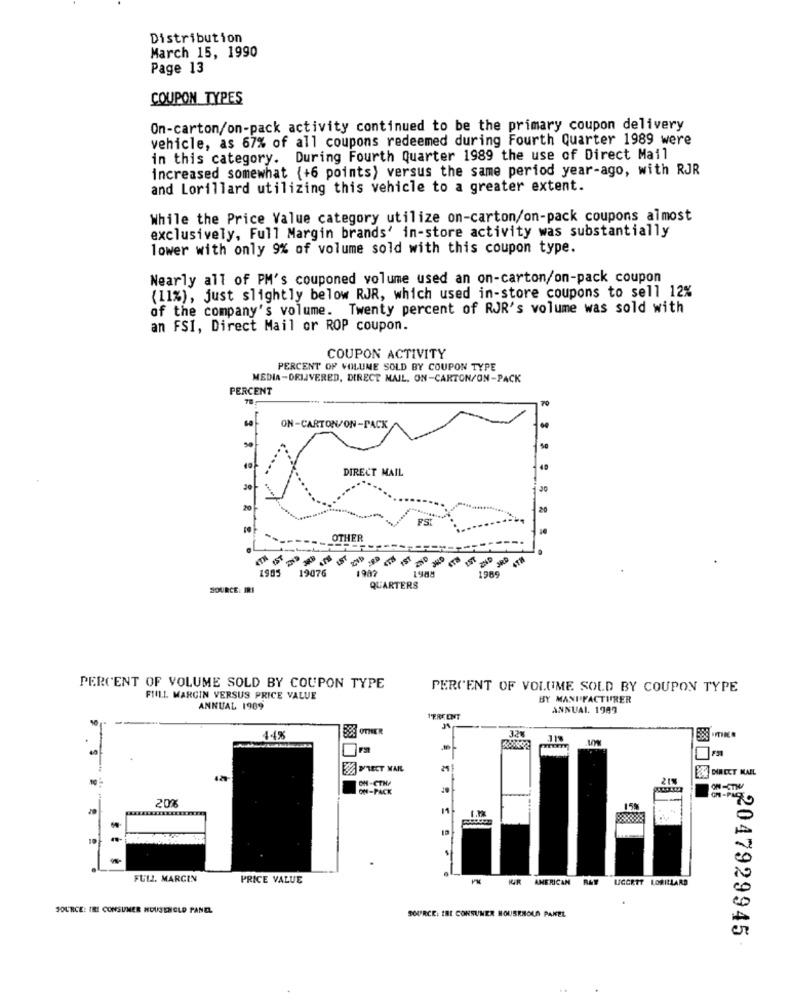
Distribution
March 15, 1990
Page 13
COUPON TYPES
On-carton/on-pack activity continued to be the primary coupon delivery
vehicle, as 67% of all coupons redeemed during Fourth Quarter 1989 were
in this category. During Fourth Quarter 1989 the use of Direct Mail
increased somewhat (+6 points) versus the same period year-ago, with RJR
and Lorillard utilizing this vehicle to a greater extent.
While the Price Value category utilize on-carton/on-pack coupons almost
exclusively, Full Margin brands' in-store activity was substantially
lower with only 9% of volume sold with this coupon type.
Nearly all of PM's couponed volume used an on-carton/on-pack coupon
(11%), just slightly below RJR, which used in-store coupons to sell 12%
of the company's volume. Twenty percent of RJR's volume was sold with
an FSI, Direct Mail or ROP coupon.
COUPON ACTIVITY
PERCENT OF VOLUME SOLD BY COUPON TYPE
MEDIA-DELIVERED, DIRECT MAIL, ON-CARTON/ON-PACK
PERCENT
ON-CARTON/ON-PACK
DIRECT MAIL
20
FS
--------
OTHER
1985
19076
1987
1969
1988
SOURCE: IRI
QUARTERS
PERCENT OF VOLUME SOLD BY COUPON TYPE
PERCENT OF VOLUME SOLD BY COUPON TYPE
FIN1.1. MARGIN VERSUS PRICE VALUE
BY MANI FACTURER
ANNUAL 1989
ANNUAL 1989
I'FREENT
B38 OTHER
44%
118
3AMRECT MAIL
21
24 DIRECT MAIL
OH-CTN/
ON-PACK
ON-CTW
20%
11
155
FULL. MARCIN
PRICE VALUE
AMERICAN
LGORTT LORILLARD
SOURCE: IRE CONSUMER HOUSEHOLD PANEL
SOURCE: IBI CONSUMER HOUSENOUS PANEL
22047929945
..